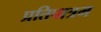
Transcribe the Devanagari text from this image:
प्रतिपात्रम